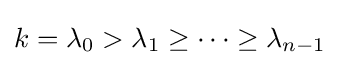
k=\lambda _{0}>\lambda _{1}\geq \cdots \geq \lambda _{n-1}